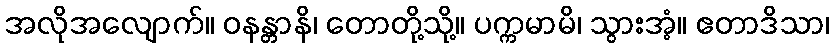
အလိုအလျောက်။ ဝနန္တာနိ၊ တောတို့သို့။ ပက္ကမာမိ၊ သွားအံ့။ ဧတာဒိသာ၊